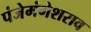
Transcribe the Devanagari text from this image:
पंजेमंगेशराव